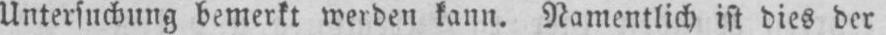
Untersuchung bemerkt werden kann. Namentlich ist dies der